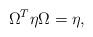
LaTeX: \begin{align*}\Omega^T \eta \Omega=\eta,\end{align*}